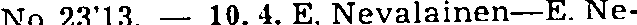
No 23'13. — 10. 4. E. Nevalainen—E. Ne-